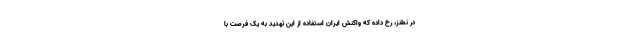
در نطنز، رخ داده که واکنش ایران استفاده از این تهدید به یک فرصت با